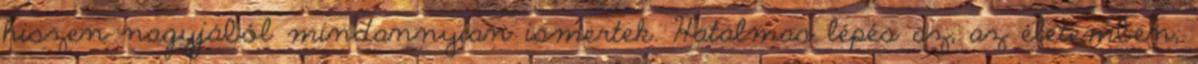
hiszen nagyjából mindannyian ismertek. Hatalmas lépés az, az életemben,